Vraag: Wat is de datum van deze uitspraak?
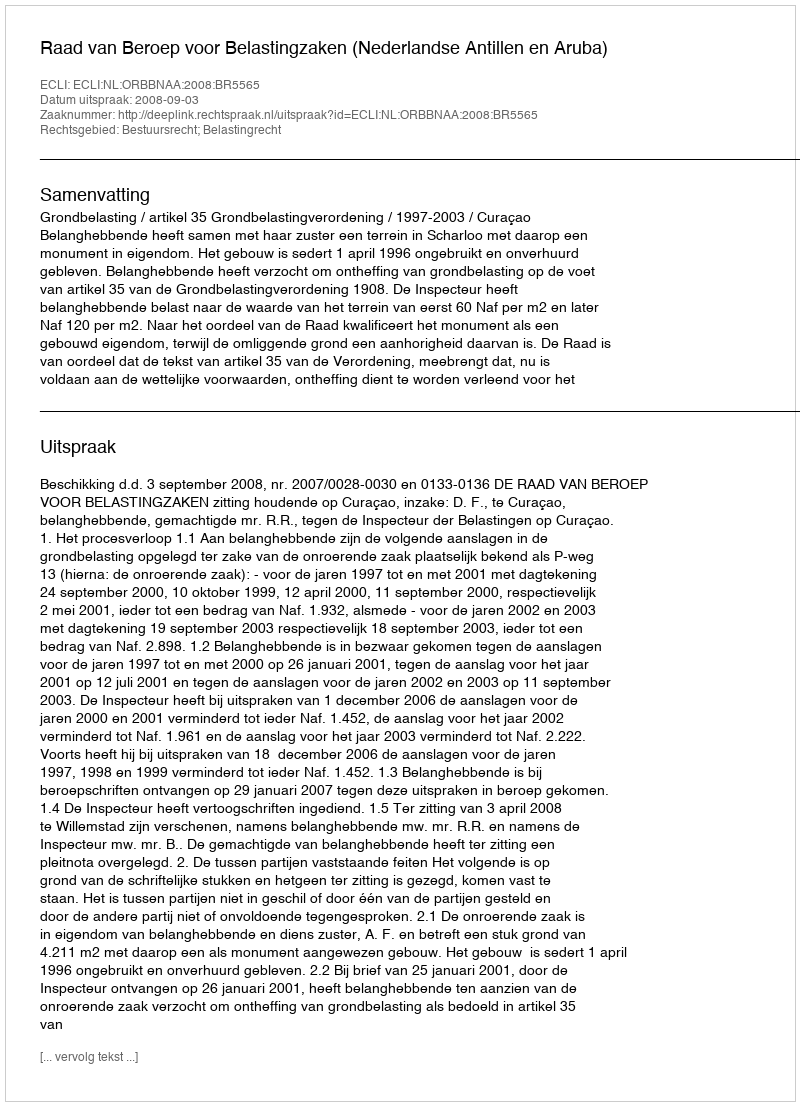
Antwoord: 2008-09-03